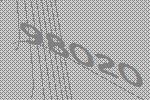
98020